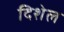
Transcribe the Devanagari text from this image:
दिशेल